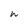
Character: h